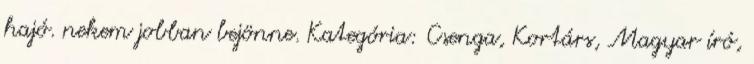
hajó. nekem jobban bejönne. Kategória: Csenga, Kortárs, Magyar író,